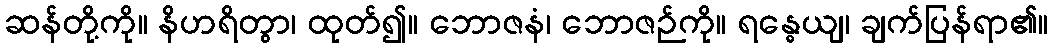
ဆန်တို့ကို။ နိဟရိတွာ၊ ထုတ်၍။ ဘောဇနံ၊ ဘောဇဉ်ကို။ ရန္ဓေယျ၊ ချက်ပြန်ရာ၏။